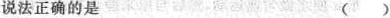
兑法正确的是()